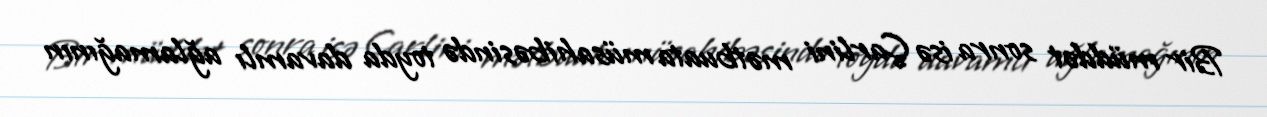
Bir müddət sonra isə Çarlini mətbuata müsahibəsində toyda davamlı ağlamağının